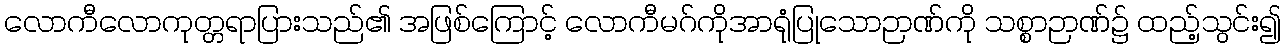
လောကီလောကုတ္တရာပြားသည်၏ အဖြစ်ကြောင့် လောကီမဂ်ကိုအာရုံပြုသောဉာဏ်ကို သစ္စာဉာဏ်၌ ထည့်သွင်း၍